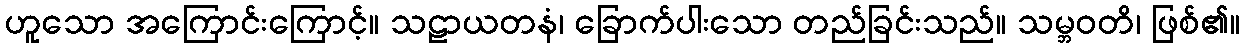
ဟူသော အကြောင်းကြောင့်။ သဠာယတနံ၊ ခြောက်ပါးသော တည်ခြင်းသည်။ သမ္ဘဝတိ၊ ဖြစ်၏။